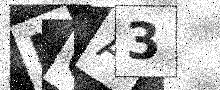
Text: NGA3